Problem: 36 + 9 = ?
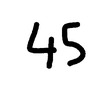
Handwritten answer: 45